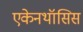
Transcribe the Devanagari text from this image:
एकेनथॉसिस